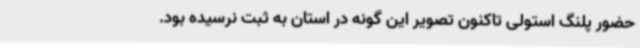
حضور پلنگ استولی تاکنون تصویر این گونه در استان به ثبت نرسیده بود.